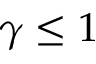
\gamma \le 1